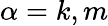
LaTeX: \alpha=k,m